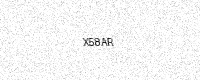
Text: X58AR